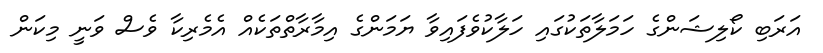
އަރަބި ކޯލިޝަންގެ ހަމަލާތަކުގައި ހަލާކުވެފައިވާ ޔަމަންގެ އިމާރާތްތަކެއް އެމެރިކާ ވެސް ވަނީ މިކަން